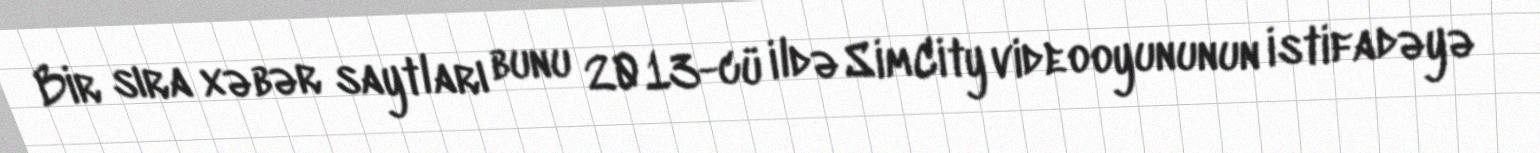
Bir sıra xəbər saytları bunu 2013-cü ildə SimCity videooyununun istifadəyə